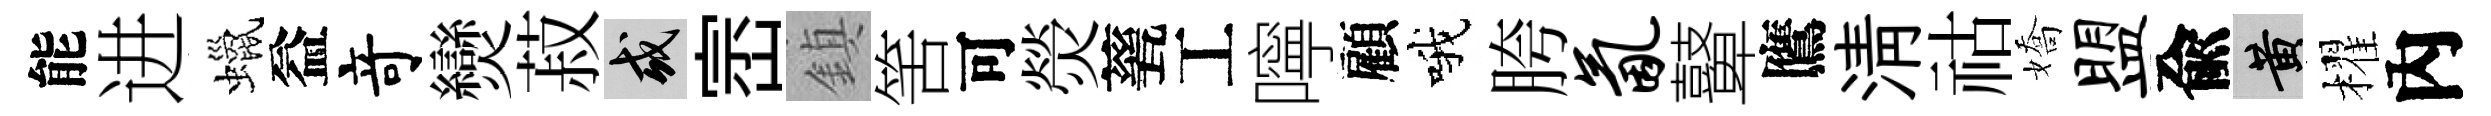
能进蠟益竒𤓖菽或崈鎮筈可熒甆工嚀顧哦胯氤鼙鷹清祜嬌盟兪黄櫂內